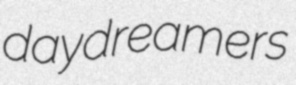
daydreamers